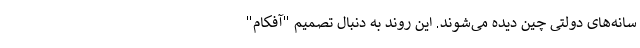
سانه‌های دولتی چین دیده می‌شوند. این روند به دنبال تصمیم "آفکام"